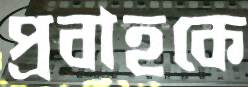
প্রবাহকে